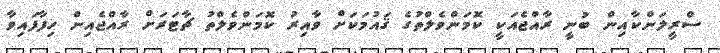
ސްރީލަންކާއިން ބުނީ ރާއްޖެއަކީ ކޮމަންވެލްތުގެ ޤައުމަކަށް ވާއިރު ކޮމަންވެލްތު ޗާޓަރަށް ރާއްޖެއިން ހިފާފައިވާ